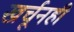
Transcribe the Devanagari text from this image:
खर्चूनही